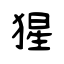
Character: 猩